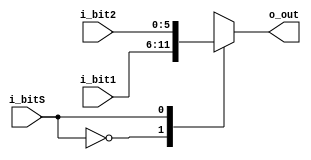
`timescale 1ns / 1ps
//////////////////////////////////////////////////////////////////////////////////
// Company: 
// Engineer: 
// 
// Design Name: 
// Module Name:    Mux2to1_5bit 
// Project Name: 
// Target Devices: 
// Tool versions: 
// Description: 
//
// Dependencies: 
//
// Revision: 
// Revision 0.01 - File Created
// Additional Comments: 
//
//////////////////////////////////////////////////////////////////////////////////
module Mux2to1_5bit(
   input [5:0] i_bit1,
	input [5:0] i_bit2,
	input  i_bitS,
	output reg [5:0] o_out
	 
    );
		
	always @(i_bit1, i_bit2, i_bitS)
	begin
	case (i_bitS)
	
		0: o_out <= i_bit1;
		1: o_out <= i_bit2;
		
	endcase
	end


endmodule